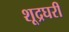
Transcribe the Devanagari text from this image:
शूद्रघरीं